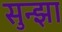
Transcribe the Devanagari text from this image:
सुन्झा